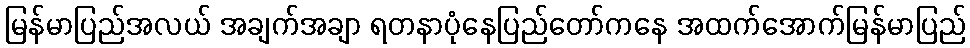
မြန်မာပြည်အလယ် အချက်အချာ ရတနာပုံနေပြည်တော်ကနေ အထက်အောက်မြန်မာပြည်